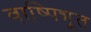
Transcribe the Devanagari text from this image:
वाष्पिभूत